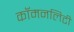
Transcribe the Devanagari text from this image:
कॉमनलिटी